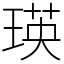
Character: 瑛